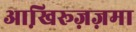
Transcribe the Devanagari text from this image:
आखि़रूज़ज़मा